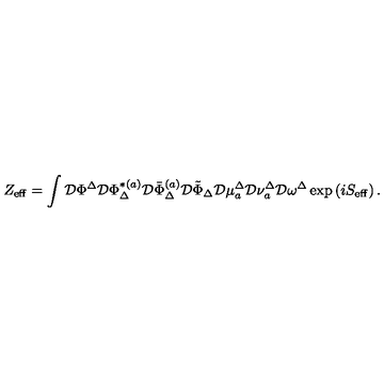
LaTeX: Z _ { \mathrm { e f f } } = \int \mathcal { D } \Phi ^ { \Delta } \mathcal { D } \Phi _ { \Delta } ^ { * ( a ) } \mathcal { D } \bar { \Phi } _ { \Delta } ^ { ( a ) } \mathcal { D } \tilde { \Phi } _ { \Delta } \mathcal { D } \mu _ { a } ^ { \Delta } \mathcal { D } \nu _ { a } ^ { \Delta } \mathcal { D } \omega ^ { \Delta } \exp \left( i S _ { \mathrm { e f f } } \right) .